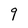
Character: 9